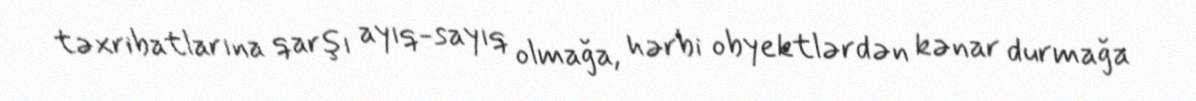
təxribatlarına qarşı ayıq-sayıq olmağa, hərbi obyektlərdən kənar durmağa